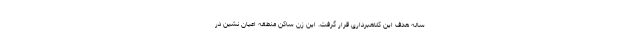
ساله هدف این کلاهبرداری قرار گرفت. این زن ساکن منطقه اعیان نشین در